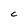
Character: c